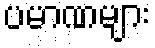
ပမာဏများ